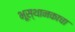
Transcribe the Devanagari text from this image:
भूस्थानकाचा